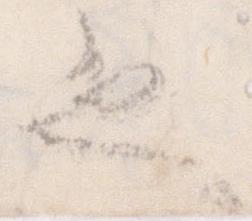
也